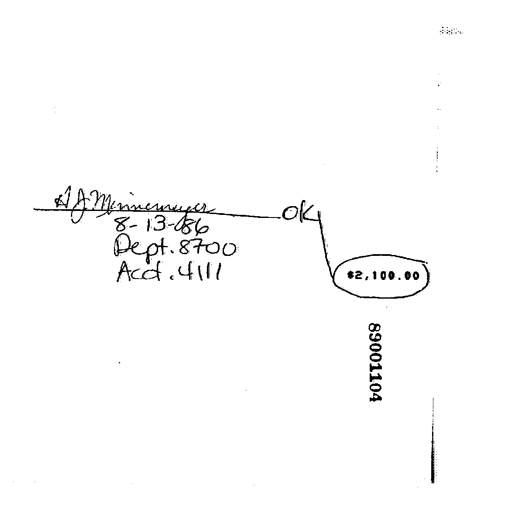
A J Minnemeyer
8-13-86 OK
Dept. 8700
Acct. 4111 $2,100.00
89001104